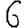
Digit: 6